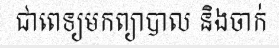
ជាពេទ្យមកព្យាបាល និងចាក់